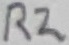
Text: R2